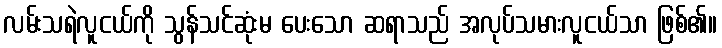
လမ်းသရဲလူငယ်ကို သွန်သင်ဆုံးမ ပေးသော ဆရာသည် အလုပ်သမားလူငယ်သာ ဖြစ်၏။